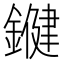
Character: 𨫡